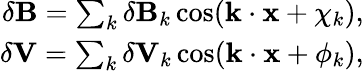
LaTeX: \begin{array}{r}{\delta\mathbf{B}=\sum_{k}\delta\mathbf{B}_{k}\cos(\mathbf{k}\cdot\mathbf{x}+\chi_{k}),}\\ {\delta\mathbf{V}=\sum_{k}\delta\mathbf{V}_{k}\cos(\mathbf{k}\cdot\mathbf{x}+\phi_{k}),}\end{array}